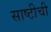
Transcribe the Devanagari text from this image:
साष्टीची